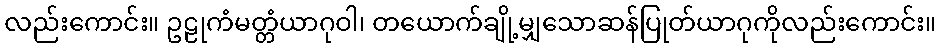
လည်းကောင်း။ ဥဠုကံမတ္တံယာဂုဝါ၊ တယောက်ချို့မျှသောဆန်ပြုတ်ယာဂုကိုလည်းကောင်း။